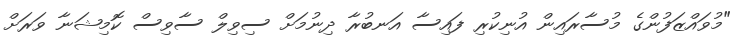
"މުވައްޒަފުންގެ މުސާރައިން އުނިކުރި ފައިސާ އަނބުރާ ދިނުމަށް ސިވިލް ސާވިސް ކޮމިޝަނާ ވަރަށް